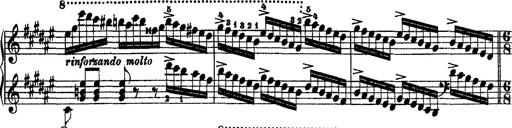
Title: 2 KonzertetÃ¼den
Composer: Franz Liszt